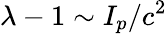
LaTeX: \lambda-1\sim I_{p}/c^{2}